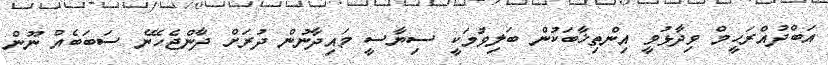
އަބްދުއްރަހީމް ވިދާޅުވީ އިންތިޚާބަކުން ބަލިވުމަކީ ސިޔާސީ މައިދާނުން ދުރަށް ދާންޖެހޭނެ ސަބަބެއް ނޫން